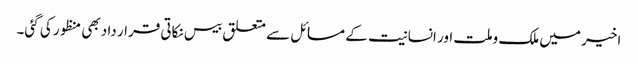
اخیر میں ملک وملت اور انسانیت کے مسائل سے متعلق بیس نکاتی قرار داد بھی منظور کی گئی۔